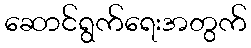
ဆောင်ရွက်ရေးအတွက်